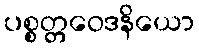
ပစ္စတ္တဝေဒနိယော